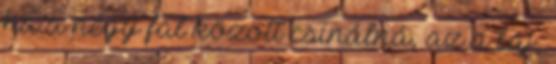
ha a négy fal között csinálná, az a baj,